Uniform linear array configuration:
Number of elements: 16
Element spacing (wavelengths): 1
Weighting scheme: uniform
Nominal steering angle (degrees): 30
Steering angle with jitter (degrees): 30.864
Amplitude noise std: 0.05
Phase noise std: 0.05

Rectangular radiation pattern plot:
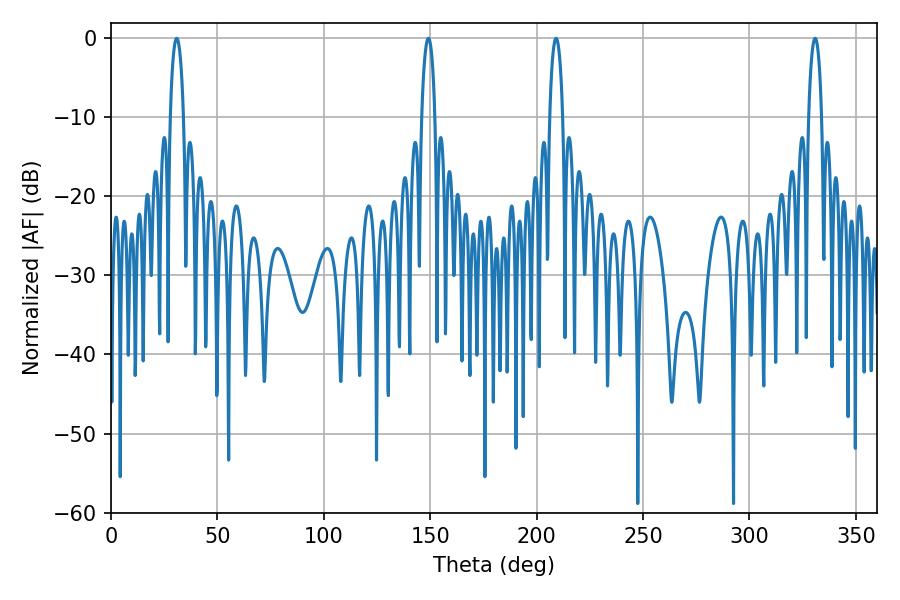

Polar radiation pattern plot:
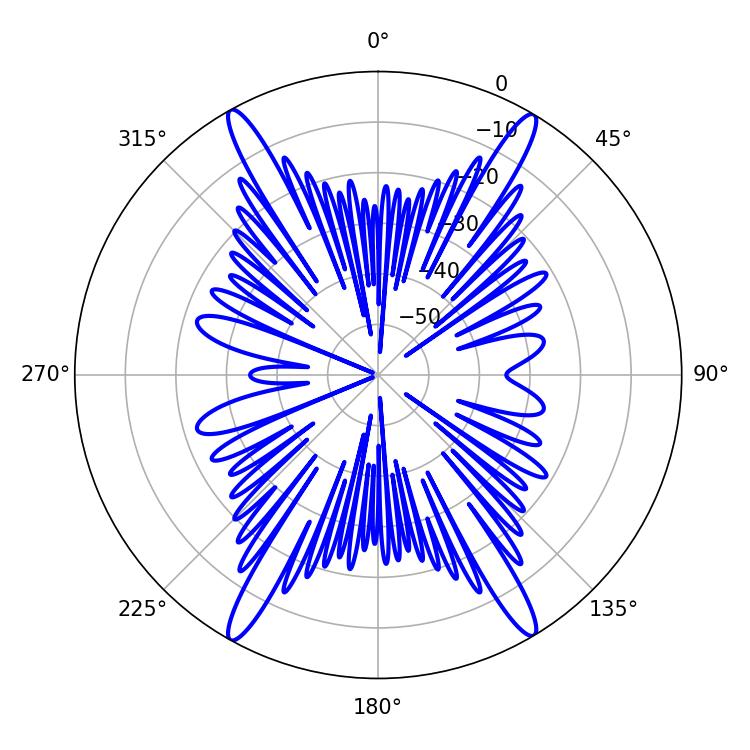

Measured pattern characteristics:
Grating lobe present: TRUE
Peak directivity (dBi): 26.646
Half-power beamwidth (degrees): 3.6
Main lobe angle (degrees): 330.84